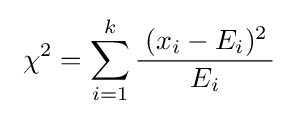
~\chi ^{2}=\sum _{i=1}^{k}{\frac {\;(x_{i}-E_{i})^{2}\,}{E_{i}}}~